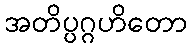
အတိပ္ပဂ္ဂဟိတော